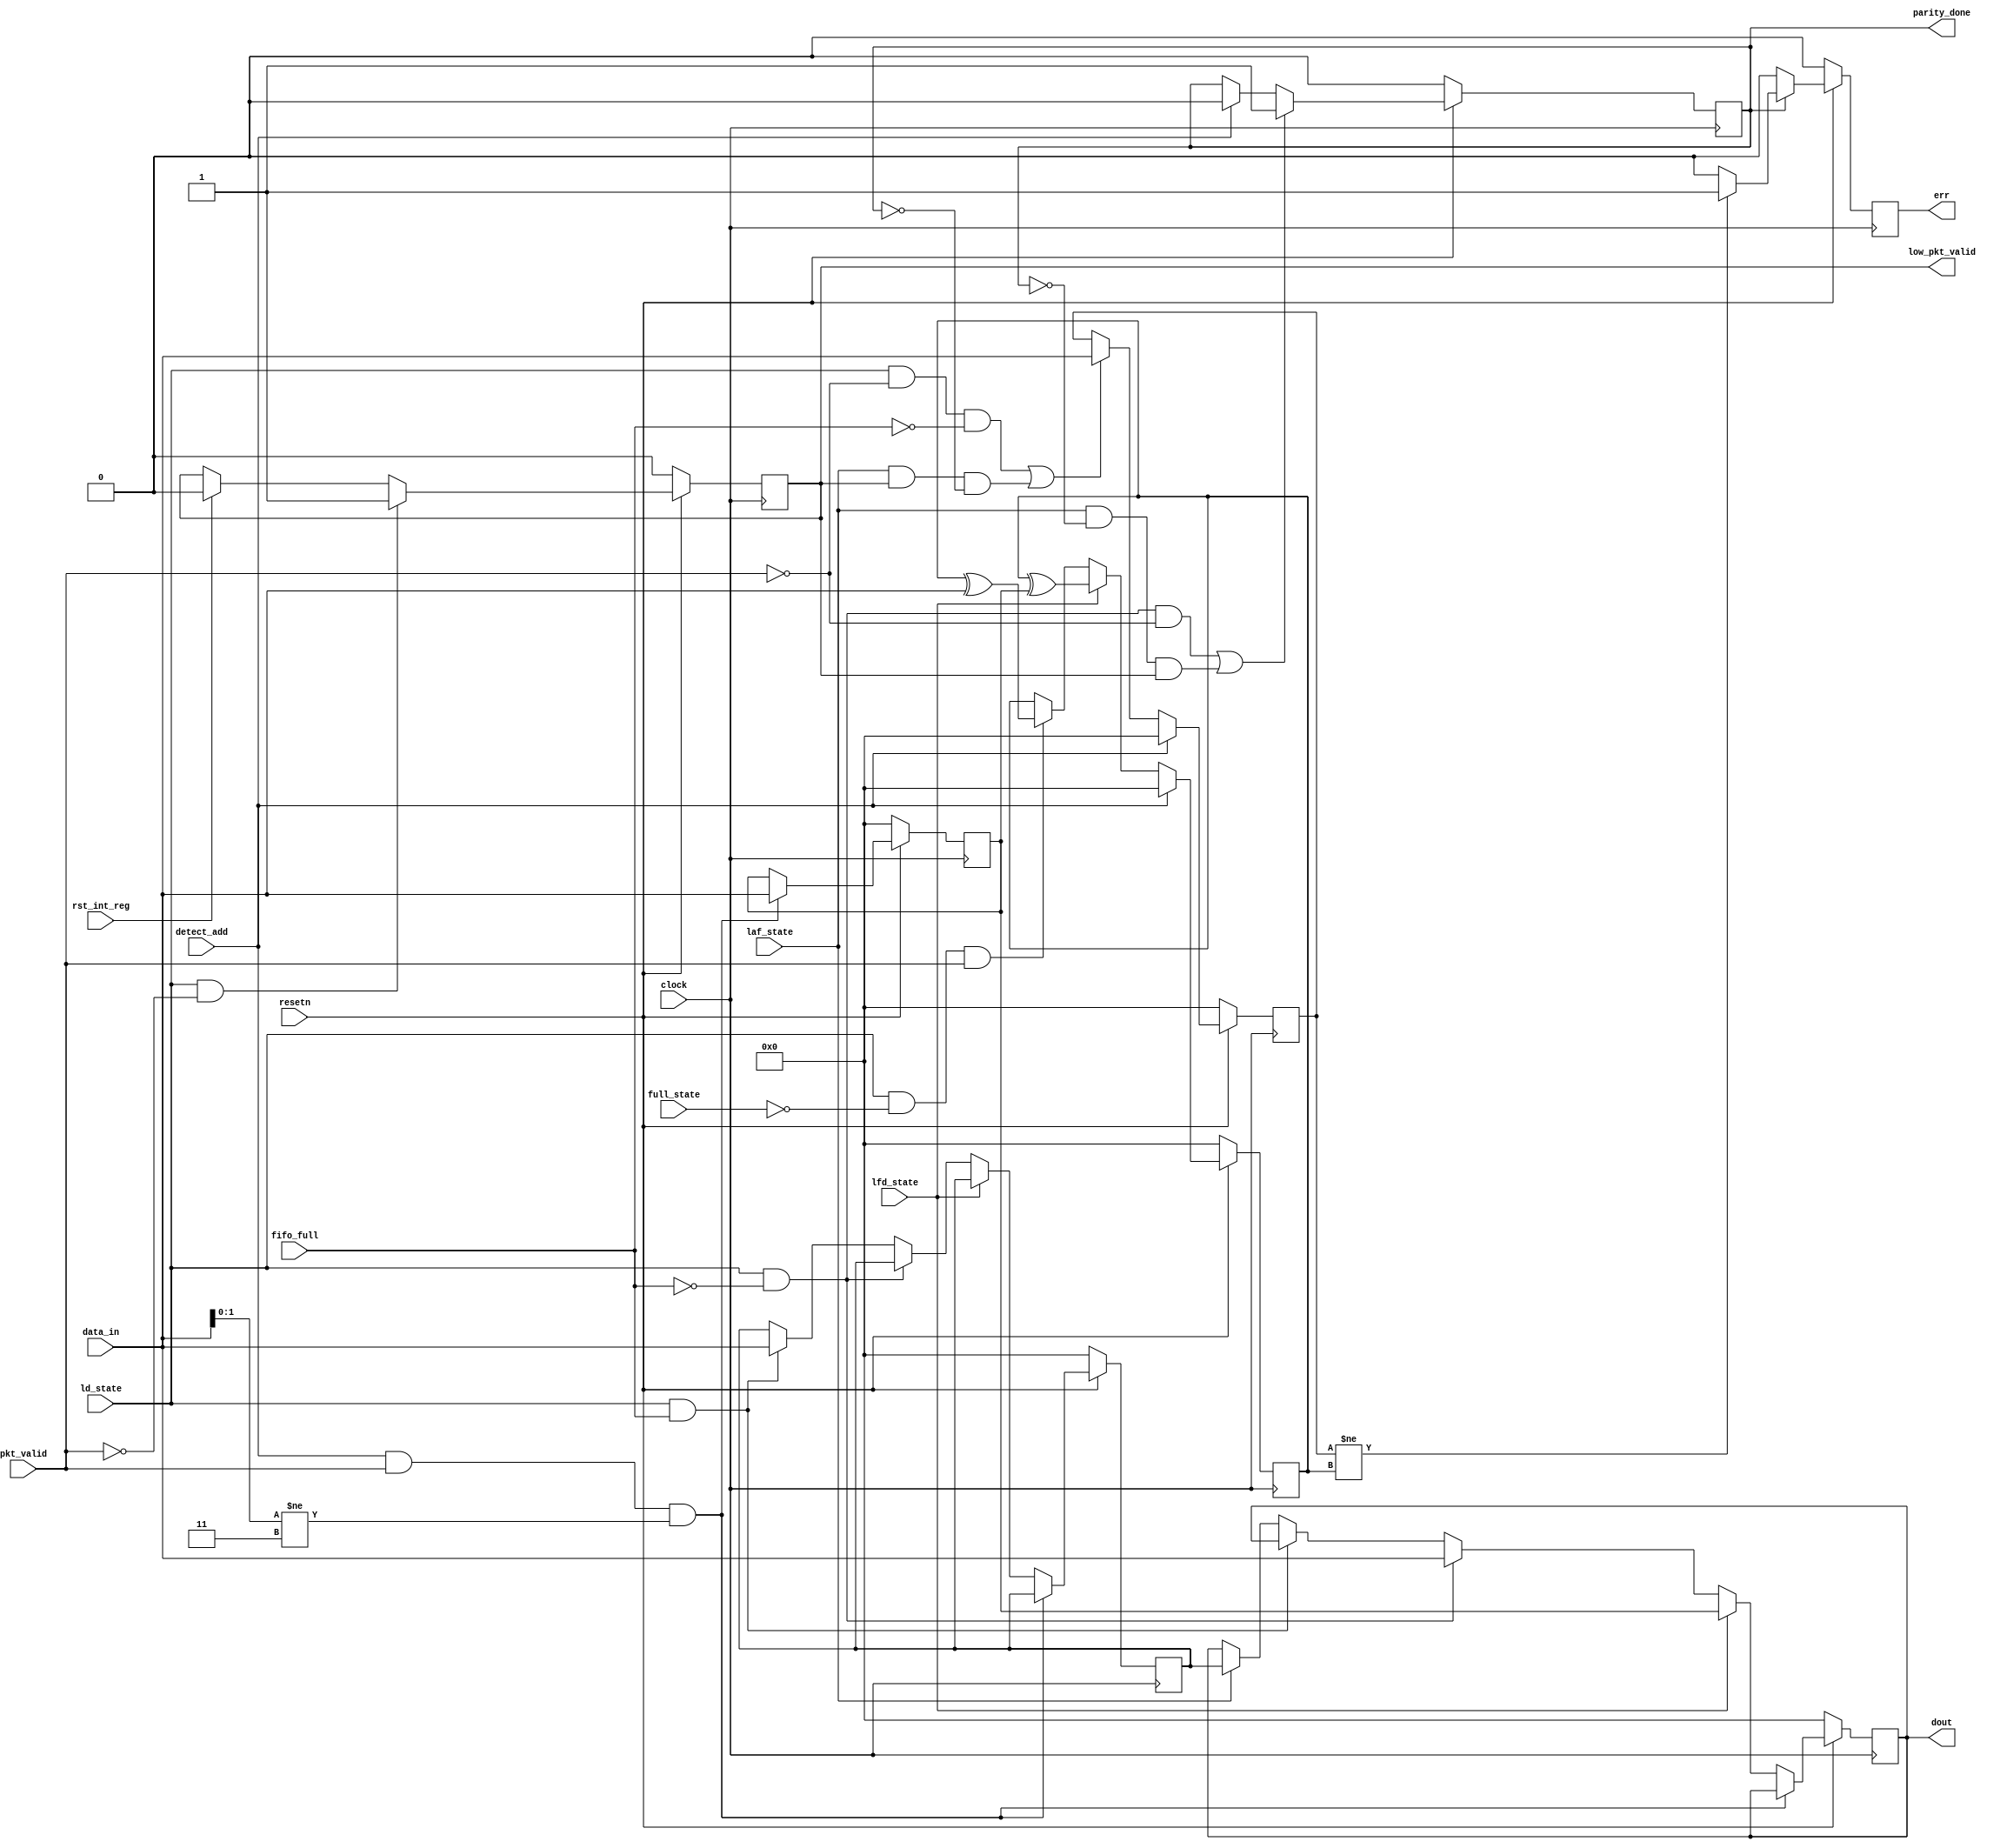
module router_reg(input       clock,
                  input       resetn,
                  input       pkt_valid,
                  input  [7:0]data_in,
                  input       fifo_full,
                  input       rst_int_reg,
                  input       detect_add,
                  input       ld_state,
                  input       lfd_state,
                  input       laf_state,
                  input       full_state,
                  output  reg  parity_done,
                  output  reg  low_pkt_valid,
                  output  reg  [7:0] dout,
                  output  reg  err);


   //Internal registers
   reg [7:0] full_state_byte;
   reg [7:0] pkt_parity;
   reg [7:0] first_byte;
   reg [7:0] internal_parity;


   //Parity_done logic
   always@(posedge clock)
      begin
         if(~resetn)
            parity_done <= 1'b0;
 else if((ld_state && !fifo_full && !pkt_valid) || (laf_state && !parity_done && low_pkt_valid))
            parity_done <= 1'b1;
         else if (detect_add)
            parity_done <= 1'b0;
      end

   //Low_packet_valid logic
   always@(posedge clock)
      begin
         if(~resetn)
            low_pkt_valid <= 1'b0;
         else if(ld_state == 1 && pkt_valid == 0)
            low_pkt_valid <= 1'b1;
         else if(rst_int_reg)
            low_pkt_valid <= 1'b0;
      end
 //Register dout logic
   always@(posedge clock)
      begin
         if(~resetn)
            begin
               dout <= 8'h00;
               first_byte <= 8'h00;
               full_state_byte <= 8'h00;                                                                                                 
            end
         else
            begin
               if(detect_add && pkt_valid==1 && data_in[1:0] != 2'b11)
                  first_byte <= data_in;
               else if(lfd_state)
                  dout<= first_byte;
               else if(ld_state && !fifo_full)
                  begin
                     dout <= data_in;
                  end
               else if(ld_state && fifo_full)
                  full_state_byte <= data_in;
               else if(laf_state)
                  dout <= full_state_byte;
            end
      end
//Internal parity logic
   always@(posedge clock)
      begin
         if(~resetn)
            internal_parity  <=8'h00;
         else
            begin
               if(detect_add)
                  internal_parity <= 8'h00;
               else if(lfd_state)
                  begin
                     internal_parity  <= internal_parity ^ first_byte;
                  end
               else if(ld_state && !full_state && pkt_valid)
                  internal_parity <= internal_parity^data_in;
            end
      end

 //Packet_parity logic
   always@(posedge clock)
      begin
         if(~resetn)
            begin
               pkt_parity <= 8'h00;
            end
         else if(detect_add)
            begin
               pkt_parity <= 8'h00;
            end
         else if((ld_state && !pkt_valid && ~fifo_full)||(laf_state & low_pkt_valid & ~parity_done))
            begin
               pkt_parity <= data_in;
            end

      end
 //Error logic
   always@(posedge clock)
      begin
         if(~resetn)
            err <=1'b0;
         else if(!parity_done)
            err <= 1'b0;
         else if(pkt_parity != internal_parity)
            err <= 1'b1;
         else
            err <= 1'b0;
      end

endmodule